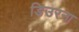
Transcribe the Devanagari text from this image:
डिउरना